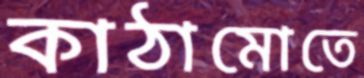
কাঠামোতে